Leningradi_Edasi_toimetus, lk 78
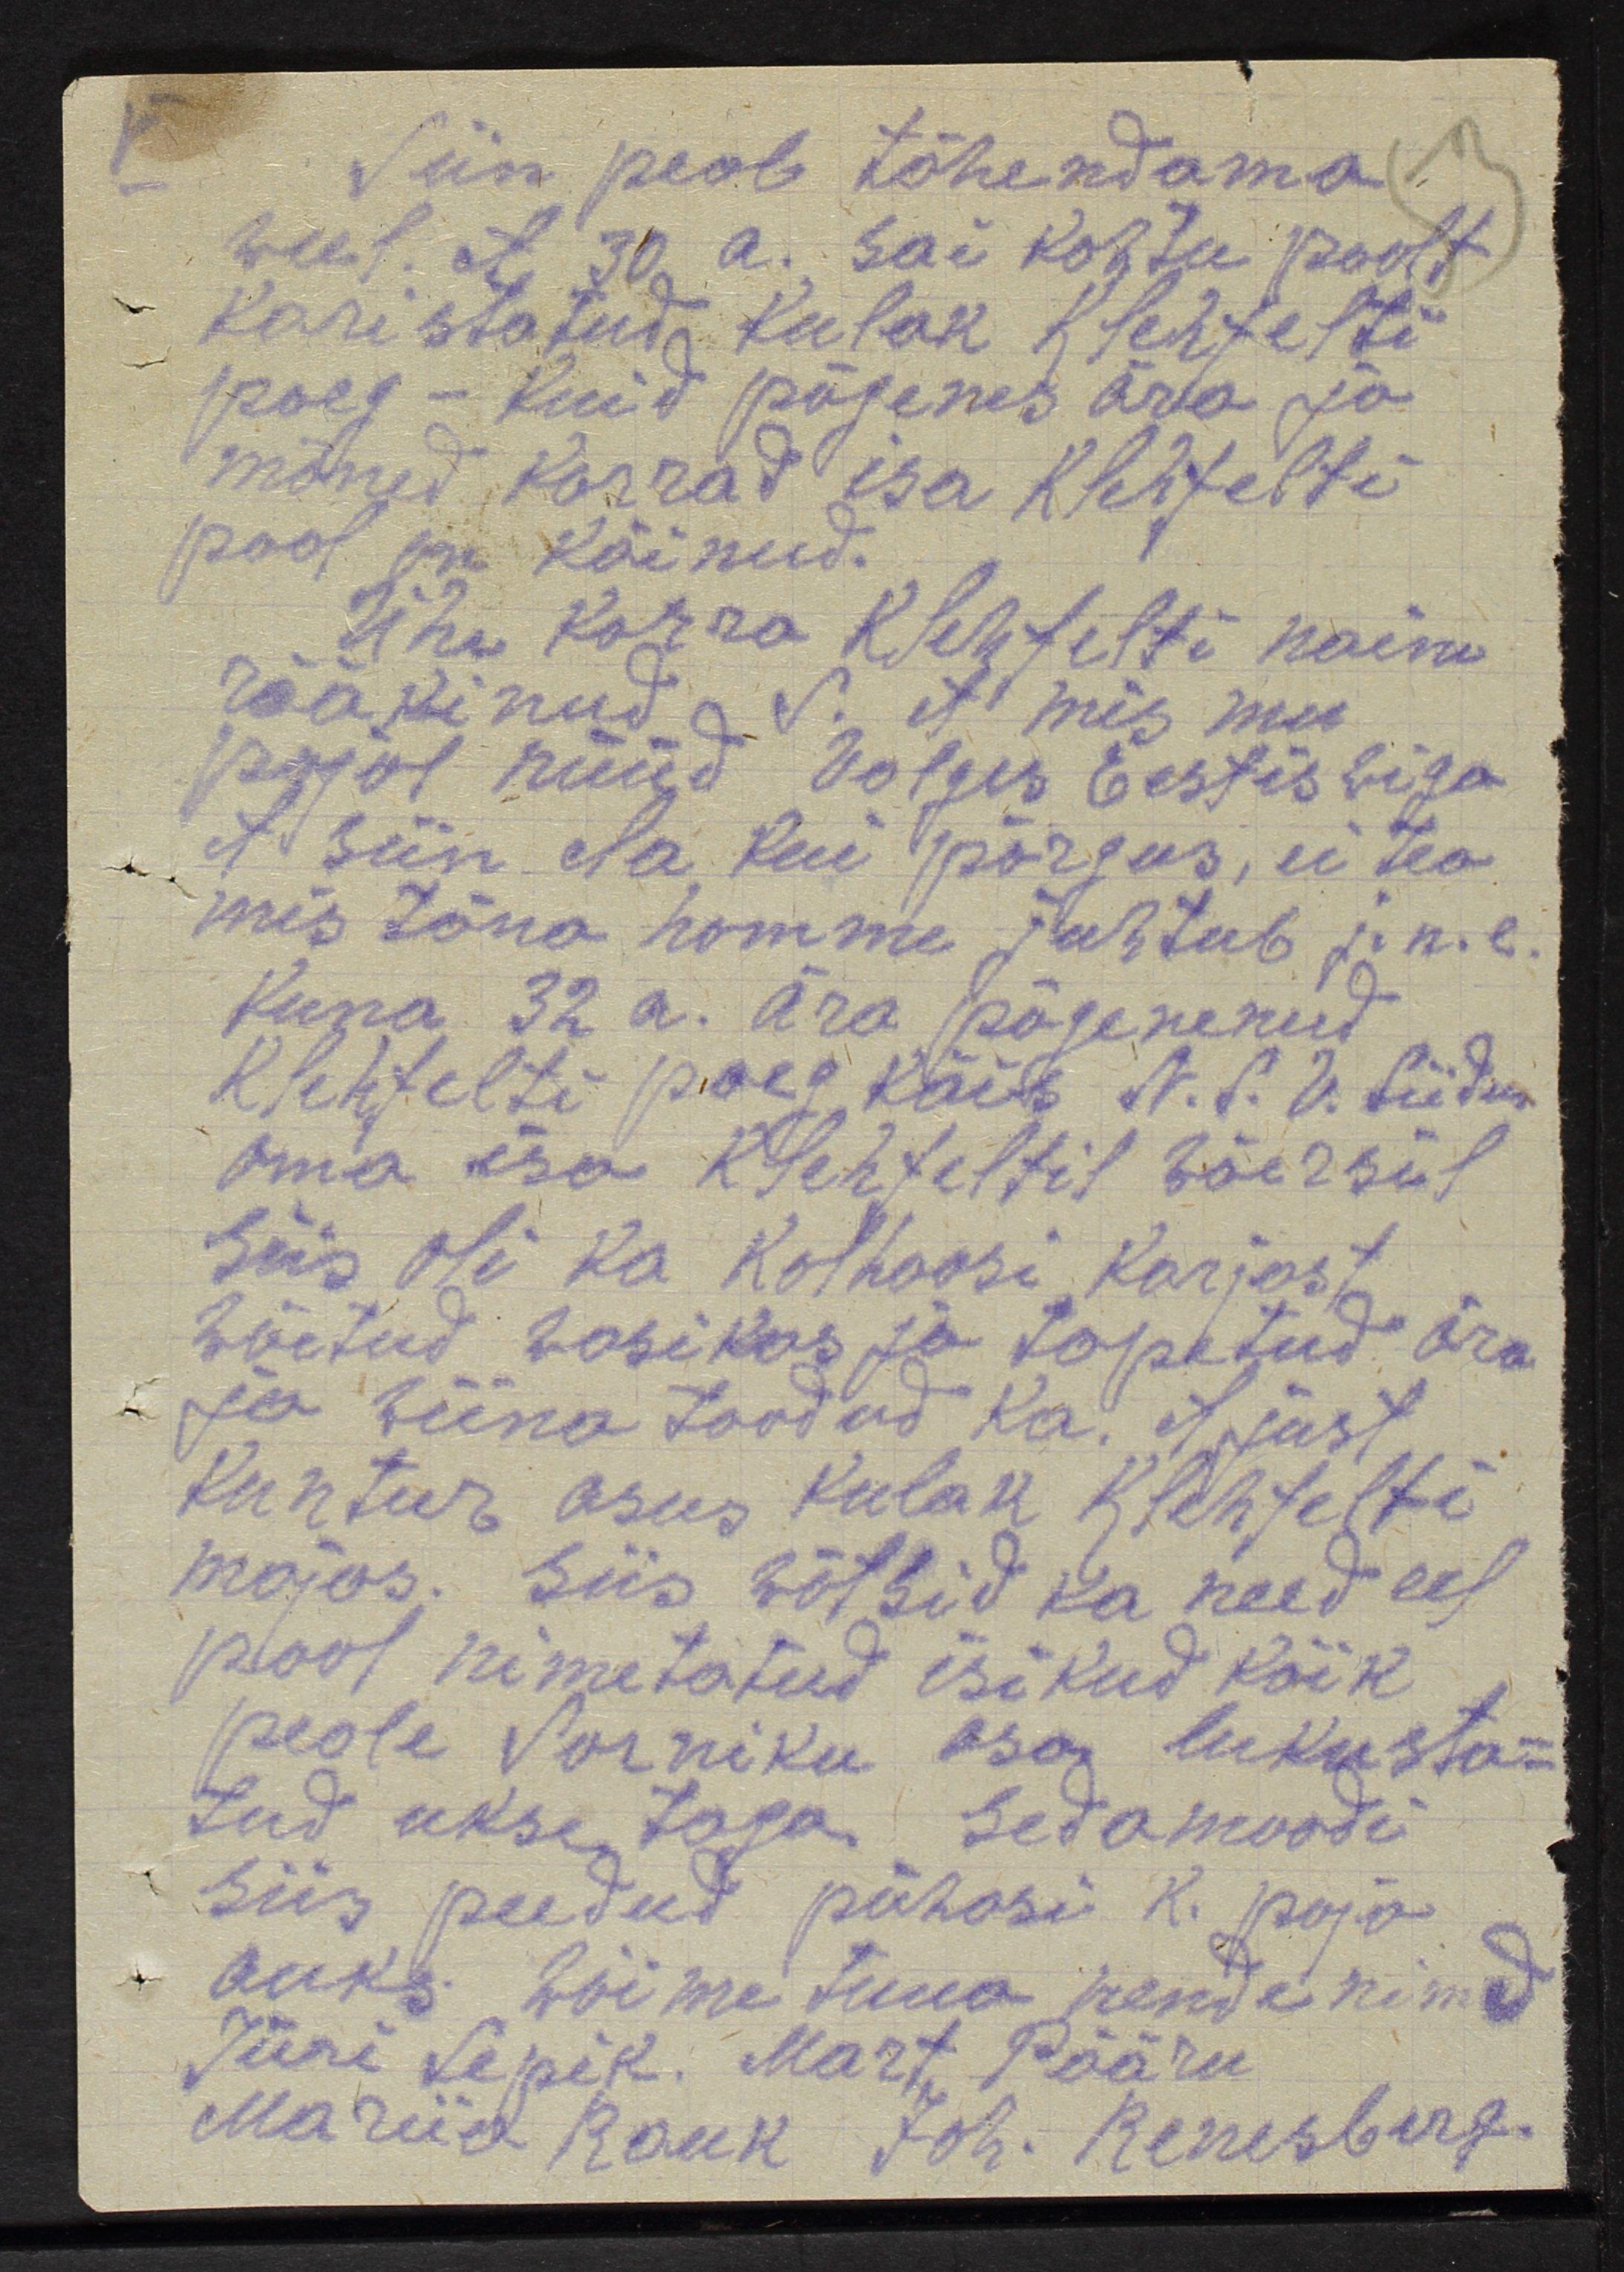
V.
Siin peab tähendama.
weel. et 30 a. sai kohtu poolt
karistatud kulak Klehfelti
poeg - kuid põgenes ära ja
mõned korrad isa Klehfelti
pool on käinud.
Ühe korra Klehfelti naine
rääkinud S. et mis mu
pojol nüüd Volges Eestis wiga
et siin ka kui põrgus, ei tea,
mis täna homme juhtub j.n.e.
Kuna 32 a. ära põgenenud
Klehfelti poeg käib N.S.V. Liidus
oma isa Klehfeltil wõersiil
Siis oli ka kolhoosi karjast
wõetud wasikas ja tapetud ära
ja wiina toodud ka. et just
kuntur asus kulak Klehfelti
majas. Siis wõtsid ka need eel
pool nimetatud isikud kõik
peale Sarniku osa lukusta-
tud ukse taga, sedamoodi
siis peedud pühasi K. poja
auks. Wõime tuua nende nimed
Jüri Lepik. Mart Pääru
Mariia Rauk Joh. Renesberg.